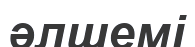
әлшемі